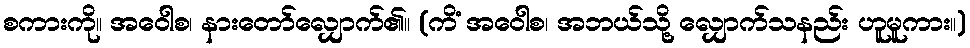
စကားကို။ အဝေါစ၊ နားတော်လျှောက်၏။ (ကိံ အဝေါစ၊ အဘယ်သို့ လျှောက်သနည်း ဟူမူကား။)